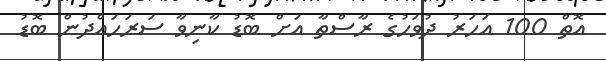
އޮތް 100 އަހަރު ދުވަހުގެ ރާސްތާ އަށް ބޮޑު ކާނިވާ ސަރަހައްދުން ބޮޑު